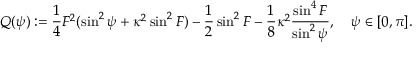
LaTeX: Q ( \psi ) : = \frac { 1 } { 4 } F ^ { 2 } ( \sin ^ { 2 } { \psi } + \kappa ^ { 2 } \sin ^ { 2 } { F } ) - \frac { 1 } { 2 } \sin ^ { 2 } { F } - \frac { 1 } { 8 } \kappa ^ { 2 } \frac { \sin ^ { 4 } { F } } { \sin ^ { 2 } { \psi } } , \quad \psi \in [ 0 , \pi ] .